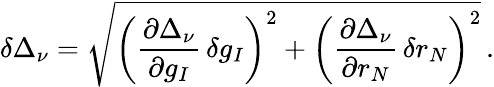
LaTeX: \delta\Delta_{\nu}=\sqrt{\bigg(\frac{\partial\Delta_{\nu}}{\partial g_{I}}\, \delta g_{I}\bigg)^{2}+\bigg(\frac{\partial\Delta_{\nu}}{\partial r_{N}}\, \delta r_{N}\bigg)^{2}}\, .